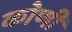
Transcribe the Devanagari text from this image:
कोणीं